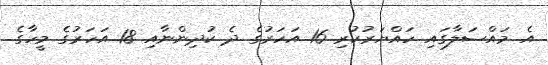
އެ މައްސަލާގައި ހައްޔަރުކުރި 16 އަހަރުގެ ދެ ކުދިންނާއި 18 އަހަރުގެ މީހާގެ